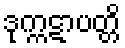
ဒုက္ကဋာပတ္တိ